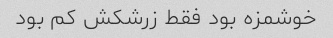
خوشمزه بود فقط زرشکش کم بود